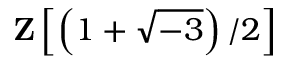
\mathbf { Z } \left[ \left( 1 + { \sqrt { - 3 } } \right) / 2 \right]